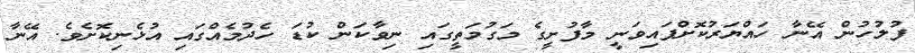
ފުލުހުން އޭނާ ހައްޔަރުކޮށްފައިވަނީ މާފުށީގެ މަގުމަތީގައި ނިވާކަން ކުޑަ ހެދުމެއްގައި އުޅެނިކޮށެވެ. އޭނާ